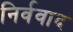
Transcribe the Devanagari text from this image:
निर्ववाद